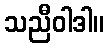
သညီဝါဒါ။